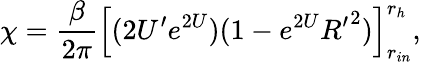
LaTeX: \chi={\frac{\beta}{2\pi}}\left[(2U^{\prime}e^{2U})(1-e^{2U}{R^{\prime}}^{2})\right]_{r_{in}}^{r_{h}},